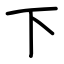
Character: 下